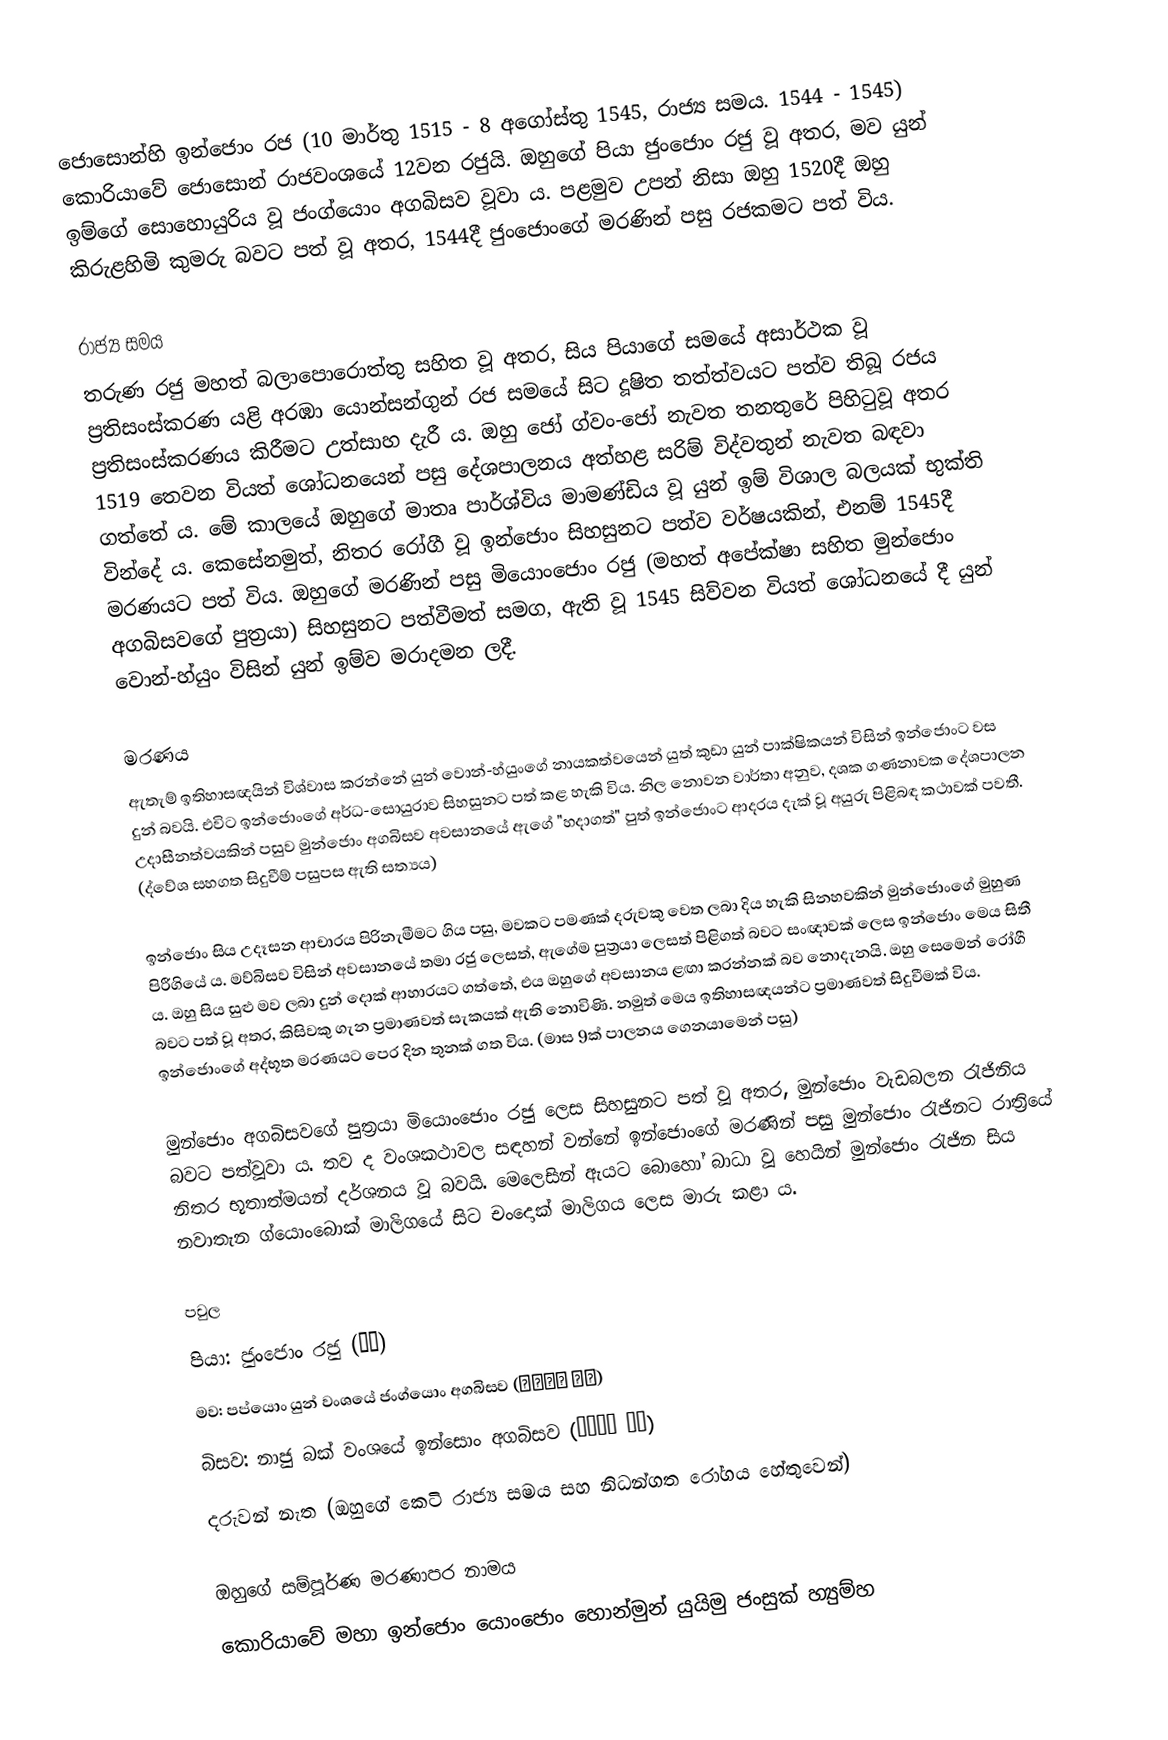
ජොසොන්හි ඉන්ජොං රජ (10 මාර්තු 1515 - 8 අගෝස්තු 1545, රාජ්‍ය සමය. 1544 - 1545) කොරියාවේ ජොසොන් රාජවංශයේ 12වන රජුයි. ඔහුගේ පියා ජුංජොං රජු වූ අතර, මව යුන් ඉම්ගේ සොහොයුරිය වූ ජංග්යොං අගබිසව වූවා ය. පළමුව උපන් නිසා ඔහු 1520දී ඔහු කිරුළහිමි කුමරු බවට පත් වූ අතර, 1544දී ජුංජොංගේ මරණින් පසු රජකමට පත් විය.

රාජ්‍ය සමය
තරුණ රජු මහත් බලාපොරොත්තු සහිත වූ අතර, සිය පියාගේ සමයේ අසාර්ථක වූ ප්‍රතිසංස්කරණ යළි අරඹා යොන්සන්ගුන් රජ සමයේ සිට දූෂිත තත්ත්වයට පත්ව තිබූ රජය ප්‍රතිසංස්කරණය කිරීමට උත්සාහ දැරී ය. ඔහු ජෝ ග්වං-ජෝ නැවත තනතුරේ පිහිටුවූ අතර 1519 තෙවන වියත් ශෝධනයෙන්  පසු දේශපාලනය අත්හළ සරිම් විද්වතුන් නැවත බඳවා ගත්තේ ය. මේ කාලයේ ඔහුගේ මාතෘ පාර්ශ්විය මාමණ්ඩිය වූ යුන් ඉම් විශාල බලයක් භුක්ති වින්දේ ය. කෙසේනමුත්, නිතර රෝගී වූ ඉන්ජොං සිහසුනට පත්ව වර්ෂයකින්, එනම් 1545දී මරණයට පත් විය. ඔහුගේ මරණින් පසු මියොංජොං රජු (මහත් අපේක්ෂා සහිත මුන්ජොං අගබිසවගේ පුත්‍රයා) සිහසුනට පත්වීමත් සමග, ඇති වූ 1545 සිව්වන වියත් ශෝධනයේ දී යුන් වොන්-හ්යුං විසින් යුන් ඉම්ව මරාදමන ලදී.

මරණය
ඇතැම් ඉතිහාසඥයින් විශ්වාස කරන්නේ යුන් වොන්-හ්යුංගේ නායකත්වයෙන් යුත් කුඩා යුන් පාක්ෂිකයන් විසින් ඉන්ජොංට වස දුන් බවයි. එවිට ඉන්ජොංගේ අර්ධ-සොයුරාව සිහසුනට පත් කළ හැකි විය. නිල නොවන වාර්තා අනුව, දශක ගණනාවක දේශපාලන උදාසීනත්වයකින් පසුව මුන්ජොං අගබිසව අවසානයේ ඇගේ "හදාගත්" පුත් ඉන්ජොංට ආදරය දැක් වූ අයුරු පිළිබඳ කථාවක් පවතී. (ද්වේශ සහගත සිදුවීම් පසුපස ඇති සත්‍යය)

ඉන්ජොං සිය උදෑසන ආචාරය පිරිනැමීමට ගිය පසු, මවකට පමණක් දරුවකු වෙත ලබා දිය හැකි සිනහවකින් මුන්ජොංගේ මුහුණ පිරීගියේ ය. මව්බිසව විසින් අවසානයේ තමා රජු ලෙසත්, ඇගේම පුත්‍රයා ලෙසත් පිළිගත් බවට සංඥාවක් ලෙස ඉන්ජොං මෙය සිතී ය. ඔහු සිය සුළු මව ලබා දුන් දොක් ආහාරයට ගත්තේ, එය ඔහුගේ අවසානය ළඟා කරන්නක් බව නොදැනයි. ඔහු සෙමෙන් රෝගී බවට පත් වූ අතර, කිසිවකු ගැන ප්‍රමාණවත් සැකයක් ඇති නොවිණි. නමුත් මෙය ඉතිහාසඥයන්ට ප්‍රමාණවත් සිදුවීමක් විය. ඉන්ජොංගේ අද්භූත මරණයට පෙර දින තුනක් ගත විය. (මාස 9ක් පාලනය ගෙනයාමෙන් පසු)

මුන්ජොං අගබිසවගේ පුත්‍රයා මියොංජොං රජු ලෙස සිහසුනට පත් වූ අතර, මුන්ජොං වැඩබලන රැජිනිය බවට පත්වූවා ය. තව ද වංශකථාවල සඳහන් වන්නේ ඉන්ජොංගේ මරණින් පසු මුන්ජොං රැජිනට රාත්‍රියේ නිතර භූතාත්මයන් දර්ශනය වූ බවයි. මෙලෙසින් ඇයට බොහෝ බාධා වූ හෙයින් මුන්ජොං රැජින සිය නවාතැන ග්යොංබොක් මාලිගයේ සිට චංදොක් මාලිගය ලෙස මාරු කළා ය.

පවුල
 පියා: ජුංජොං රජු (중종)
 මව: පප්යොං යුන් වංශයේ ජංග්යොං අගබිසව (장경왕후 윤씨)
 බි‍සව: නාජු බක් වංශයේ ඉන්සොං අගබිසව (인성왕후 박씨)
 දරුවන් නැත (ඔහුගේ කෙටි රාජ්‍ය සමය සහ නිධන්ගත රෝගය හේතුවෙන්)

ඔහුගේ සම්පූර්ණ මරණාපර නාමය
 කොරියාවේ මහා ඉන්ජොං යොංජොං හොන්මුන් යුයිමු ජංසුක් හ්‍යුම්හ